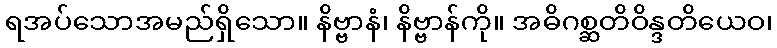
ရအပ်သောအမည်ရှိသော။ နိဗ္ဗာနံ၊ နိဗ္ဗာန်ကို။ အဓိဂစ္ဆတိဝိန္ဒတိယေဝ၊